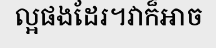
ល្អផងដែរ។វាក៏អាច